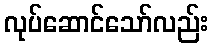
လုပ်ဆောင်သော်လည်း